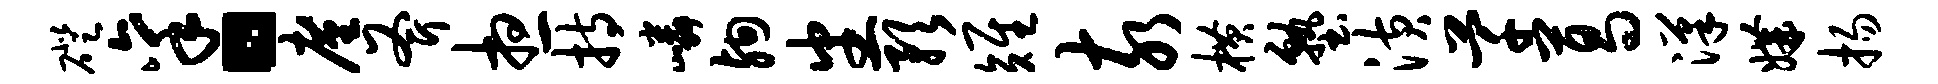
磴禀。廑斧想持嶙殉番预雉亥横塾潢芊葛汉媾扬